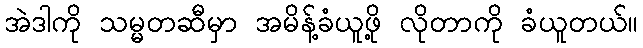
အဲဒါကို သမ္မတဆီမှာ အမိန့်ခံယူဖို့ လိုတာကို ခံယူတယ်။